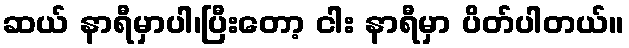
ဆယ် နာရီမှာပါ၊ပြီးတော့ ငါး နာရီမှာ ပိတ်ပါတယ်။